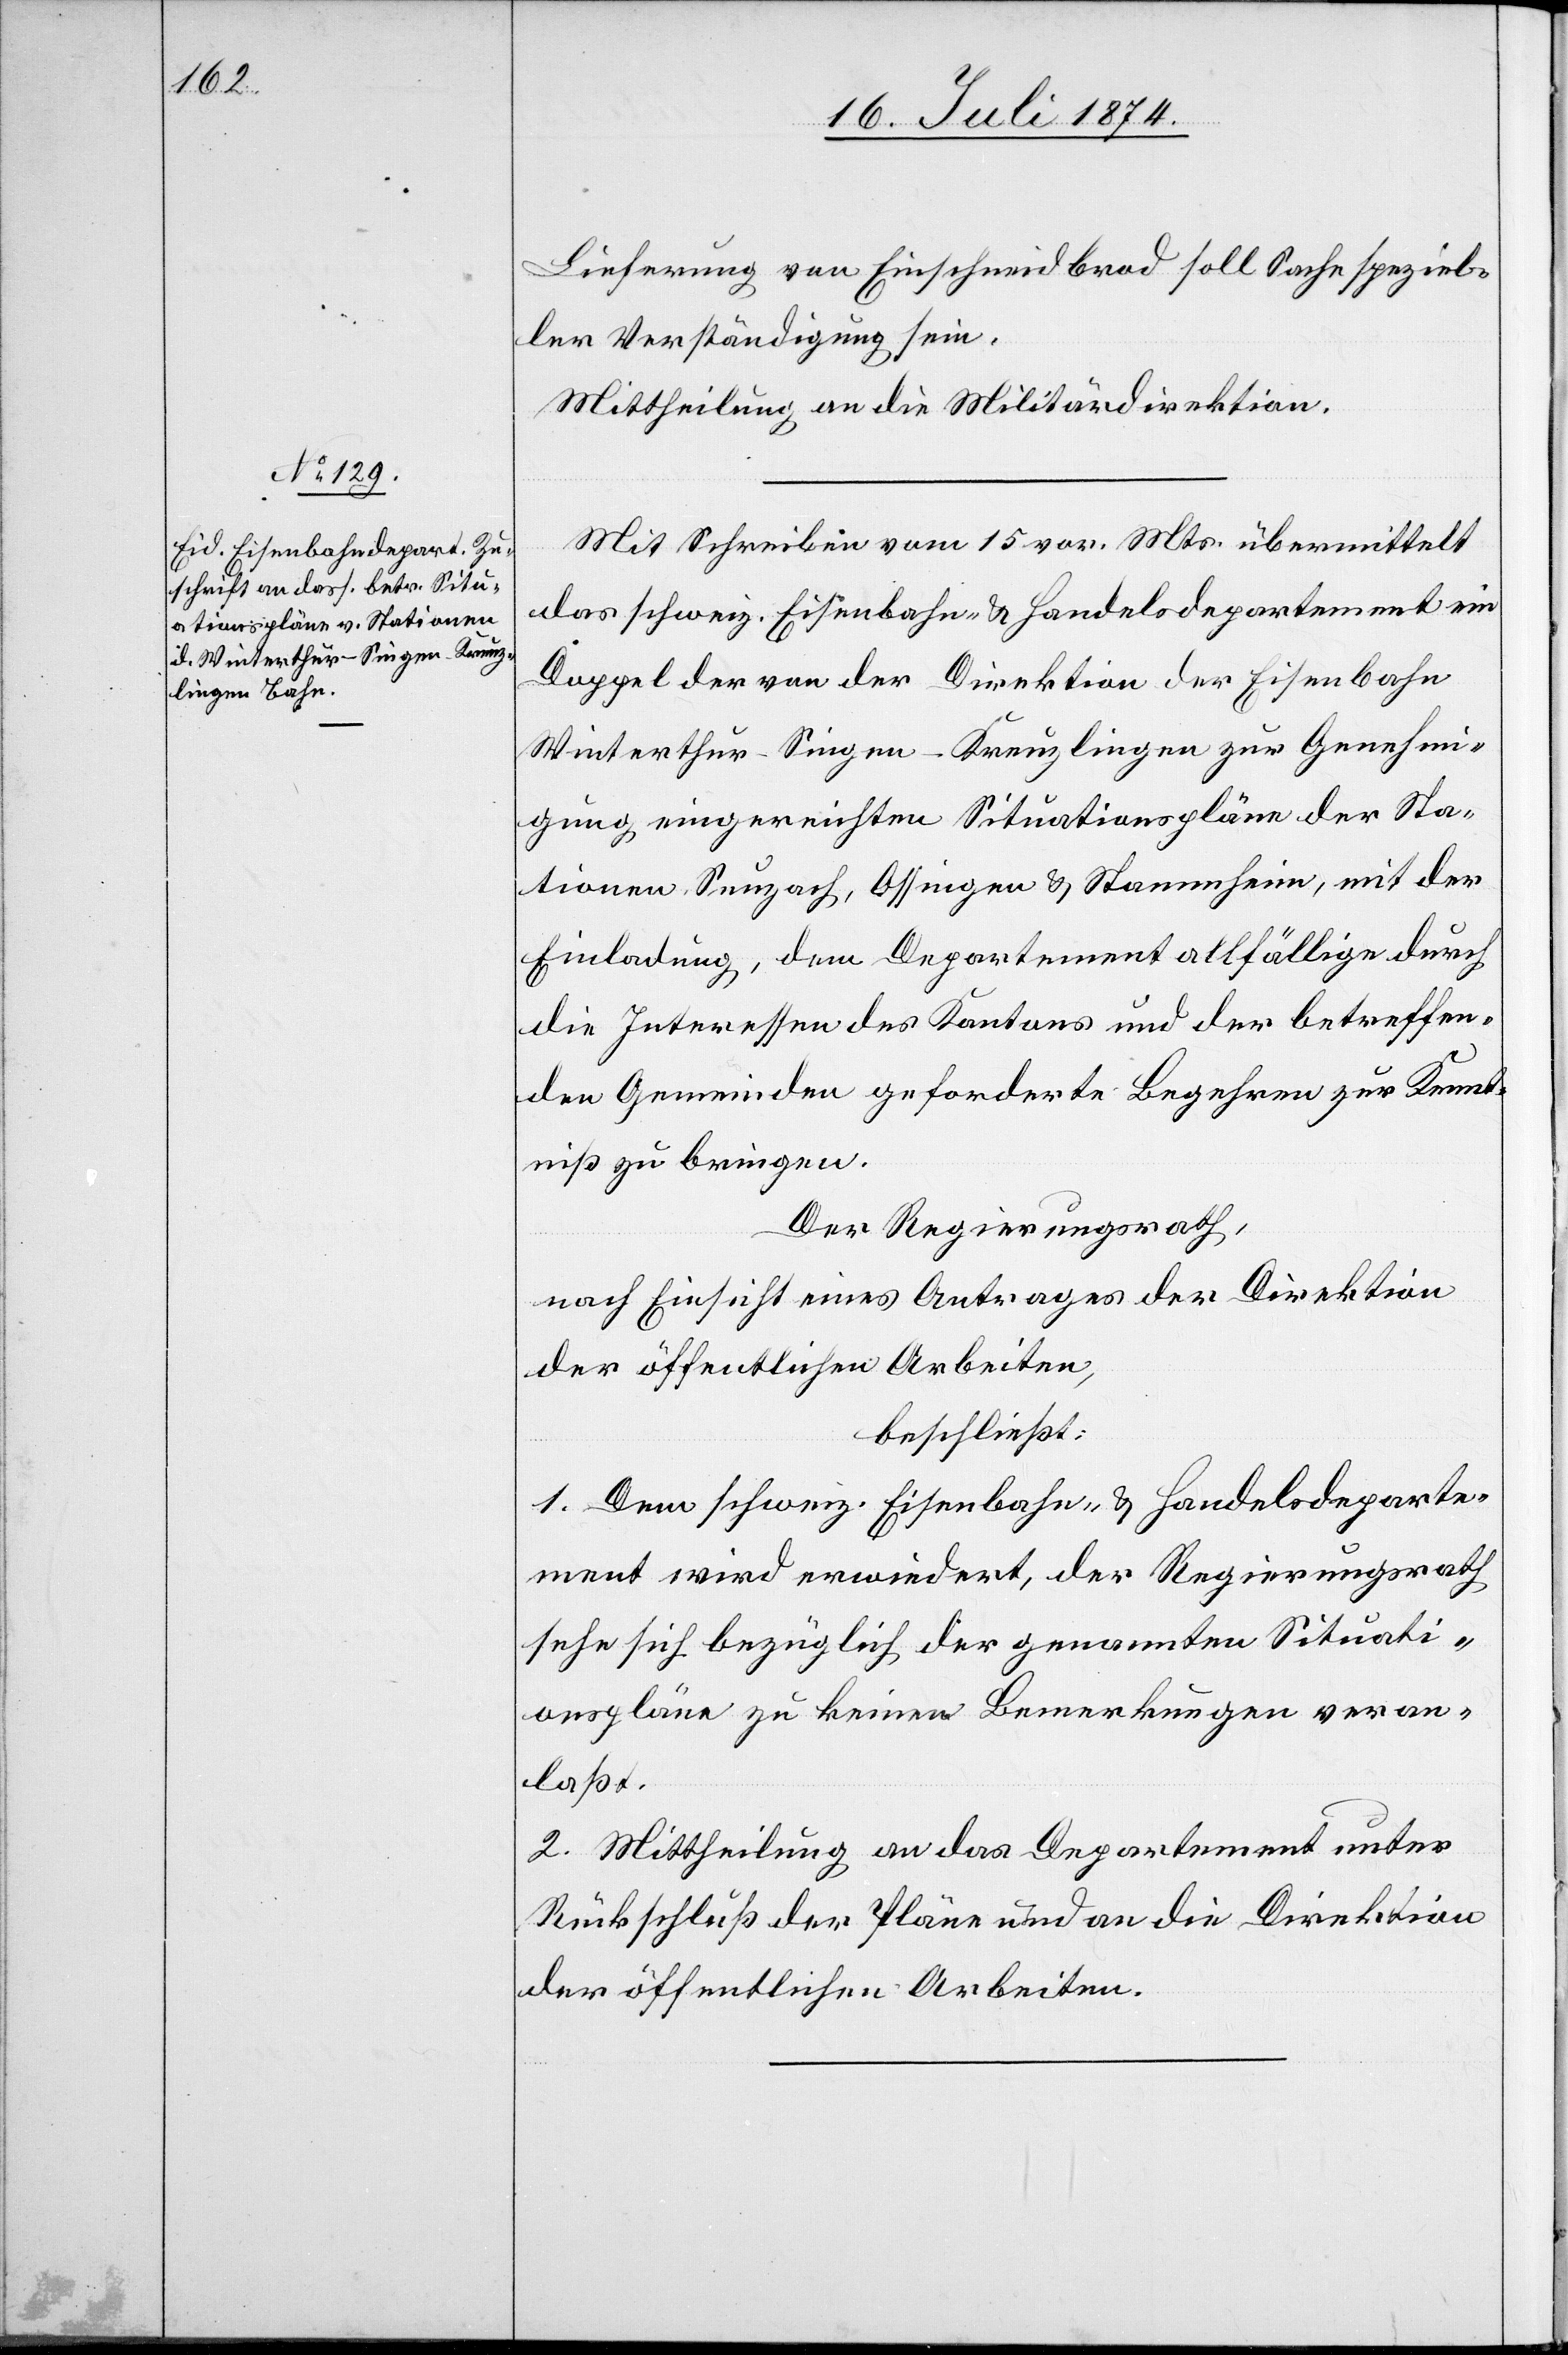
Lieferung von Einschneidbrod soll Sache speziel¬
ler Verständigung sein.
Mittheilung an die Militärdirektion.
Mit Schreiben vom 15. vor. Mts. übermittelt
das schweiz. Eisenbahn- u. Handelsdepartement im
Doppel der von der Direktion der Eisenbahn
Winterthur–Singen–Kreuzlingen zur Genehmi¬
gung eingereichten Situationspläne der Sta¬
tionen Seuzach, Ossingen u. Stammheim, mit der
Einladung, dem Departement allfällige durch
die Interessen des Kantons und der betreffen¬
den Gemeinden geforderte Begehren zur Kennt¬
niß zu bringen.
Der Regierungsrath,
nach Einsicht eines Antrages der Direktion
der öffentlichen Arbeiten,
beschließt:
1. Dem schweiz. Eisenbahn- u. Handelsdeparte¬
ment wird erwiedert, der Regierungsrath
sehe sich bezüglich der genannten Situati¬
onspläne zu keinen Bemerkungen veran¬
laßt.
2. Mittheilung an das Departement unter
Rückschluß der Pläne und an die Direktion
der öffentlichen Arbeiten.